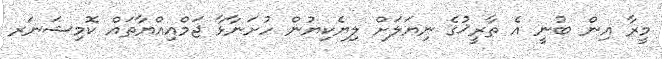
މީރާ އިން ބުނީ އެ ތާރީޚުގެ ނިޔަލަށް ލިޔެކިޔުން ހުށަނާޅާ ޖަމްއިއްޔާތައް ކޮމިޝަނަރ